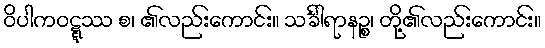
ဝိပါကဝဋ္ဋဿ စ၊ ၏လည်းကောင်း။ သင်္ခါရာနဉ္စ၊ တို့၏လည်းကောင်း။